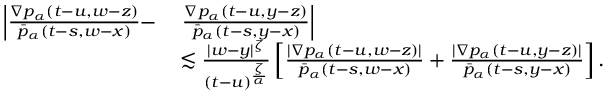
\begin{array} { r l } { \left| \frac { \nabla p _ { \alpha } ( t - u , w - z ) } { \bar { p } _ { \alpha } ( t - s , w - x ) } - \right. } & { \left. \frac { \nabla p _ { \alpha } ( t - u , y - z ) } { \bar { p } _ { \alpha } ( t - s , y - x ) } \right| } \\ & { \lesssim \frac { | w - y | ^ { \zeta } } { ( t - u ) ^ { \frac { \zeta } { \alpha } } } \left[ \frac { | \nabla p _ { \alpha } ( t - u , w - z ) | } { \bar { p } _ { \alpha } ( t - s , w - x ) } + \frac { | \nabla p _ { \alpha } ( t - u , y - z ) | } { \bar { p } _ { \alpha } ( t - s , y - x ) } \right] . } \end{array}